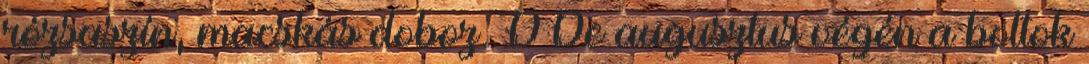
rózsaszín, macskás doboz. :D De augusztus végén a boltok